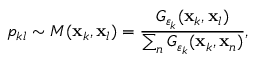
p _ { k l } \sim M ( \mathbf { x } _ { k } , \mathbf { x } _ { l } ) = \frac { G _ { \varepsilon _ { k } } ( \mathbf { x } _ { k } , \mathbf { x } _ { l } ) } { \sum _ { n } G _ { \varepsilon _ { k } } ( \mathbf { x } _ { k } , \mathbf { x } _ { n } ) } ,